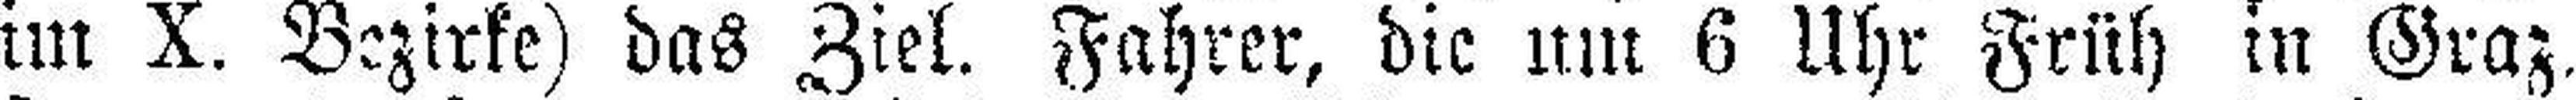
im X. Bezirke) das Ziel. Fahrer, die um 6 Uhr Früh in Graz¬